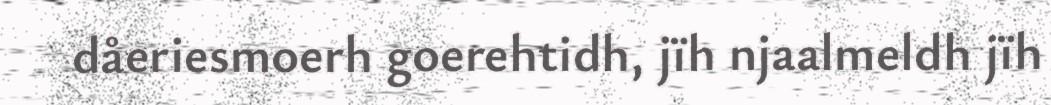
dåeriesmoerh goerehtidh, jïh njaalmeldh jïh